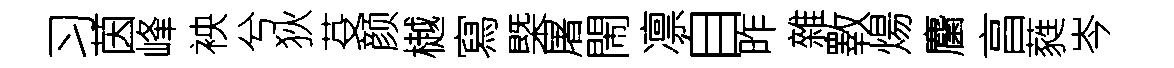
习茵峰䘧兮狄芟颜樾寫槩屠閙凛自昨雜斁煬麕亯蕤岑